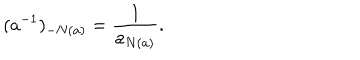
( a ^ { - 1 } ) _ { - N ( a ) } = \frac { 1 } { a _ { N ( a ) } } .